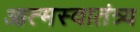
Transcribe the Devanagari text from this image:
आत्मस्वातंत्र्य